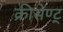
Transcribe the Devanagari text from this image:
क्रीसेण्ट्